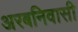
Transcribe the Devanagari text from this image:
अरबनिवासी